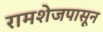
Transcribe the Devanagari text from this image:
रामशेजपासून